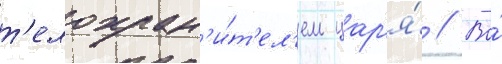
т'елохран'и́т'ел'ем цар'я́ // Во́